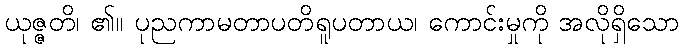
ယုဇ္ဇတိ၊ ၏။ ပုညကာမတာပတိရူပတာယ၊ ကောင်းမှုကို အလိုရှိသော